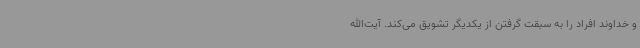
و خداوند افراد را به سبقت گرفتن از یکدیگر تشویق می‌کند. آیت‌الله